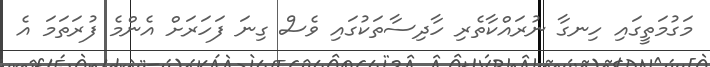
މަގުމަތީގައި ހިނގާ ނުރައްކާތެރި ހާދިސާތަކުގައި ވެސް ގިނަ ފަހަރަށް އެންމެ ފުރަތަމަ އެ